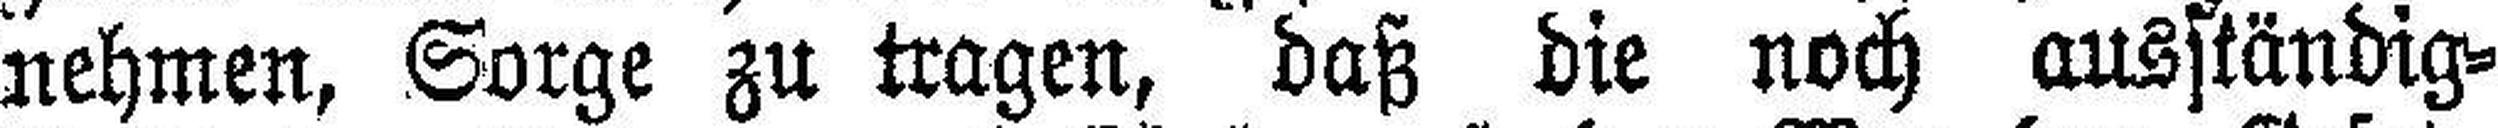
nehmen, Sorge zu tragen, daß die noch ausständig¬